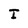
Character: I